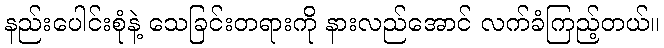
နည်းပေါင်းစုံနဲ့ သေခြင်းတရားကို နားလည်အောင် လက်ခံကြည့်တယ်။